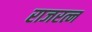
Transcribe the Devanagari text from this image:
राजरत्न